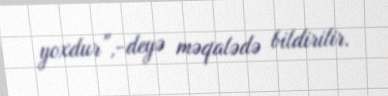
yoxdur”,-deyə məqalədə bildirilir.